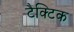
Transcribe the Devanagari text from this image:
टैक्टिक